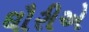
ઘૌરીએ